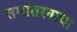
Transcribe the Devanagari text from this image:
समांतरनाचा